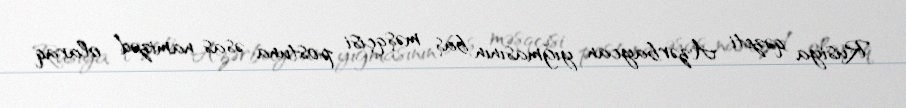
Rusiya qəzeti Azərbaycan yığmasının baş məşqçisi postuna əsas namizəd olaraq